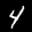
Label: 4